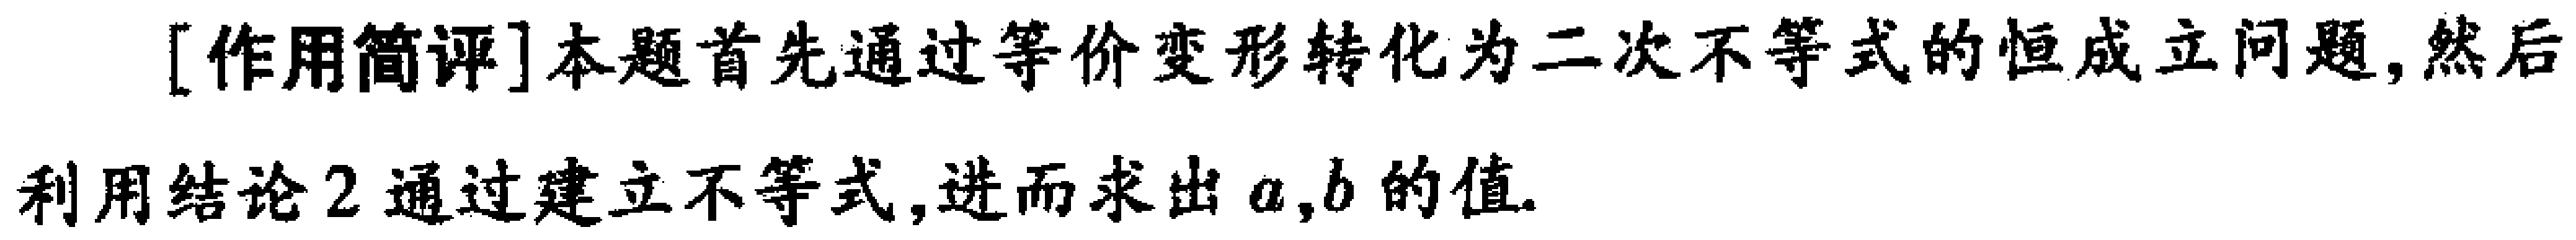
[作用简评]本题首先通过等价变形转化为二次不等式的恒成立问题,然后利用结论2通过建立不等式,进而求出\(a,b\)的值.